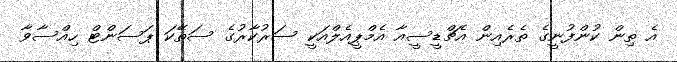
އެ ތިން ކުންފުނީގެ ތެރެއިން އެޗްޑީސީއާ އެމްޕީއެލްއަކީ ސަރުކާރުގެ ސަތޭކަ ޕަސަންޓް ހިއްސާވާ